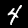
Label: 4